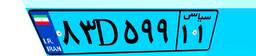
۶۷D۶۸۱۸۳